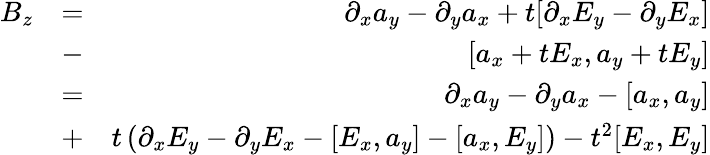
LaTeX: \begin{array}{rlr}{B_{z}}&{=}&{\partial_{x}a_{y}-\partial_{y}a_{x}+t[\partial_{x}E_{y}-\partial_{y}E_{x}]}\\ &{-}&{[a_{x}+tE_{x},a_{y}+tE_{y}]}\\ &{=}&{\partial_{x}a_{y}-\partial_{y}a_{x}-[a_{x},a_{y}]}\\ &{+}&{t\left(\partial_{x}E_{y}-\partial_{y}E_{x}-[E_{x},a_{y}]-[a_{x},E_{y}]\right)-t^{2}[E_{x},E_{y}]}\end{array}